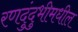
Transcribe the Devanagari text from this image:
रणदुंदुभीमधील